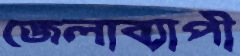
জেলাব্যাপী